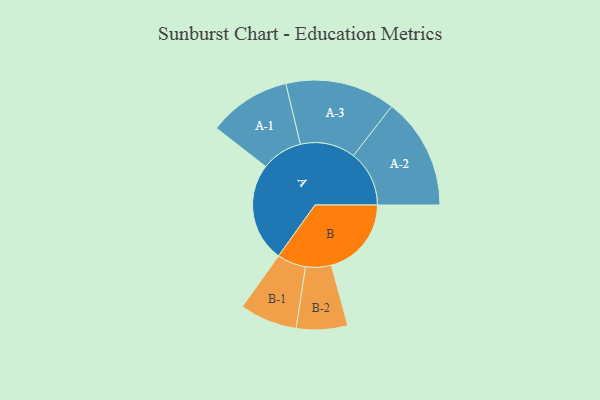
{"axis": {"x": "Segment", "y": "Value"}, "legend": ["", "A", "B"], "data": [{"x": "A", "y": 494, "type": ""}, {"x": "B", "y": 400, "type": ""}, {"x": "A-1", "y": 206, "type": "A"}, {"x": "A-2", "y": 279, "type": "A"}, {"x": "A-3", "y": 275, "type": "A"}, {"x": "B-1", "y": 144, "type": "B"}, {"x": "B-2", "y": 128, "type": "B"}]}